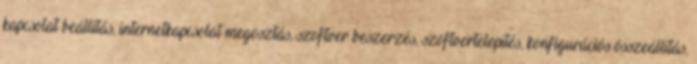
kapcsolat beállítás, internetkapcsolat megosztás, szoftver beszerzés, szoftvertelepítés, konfigurációs összeállítás,